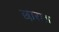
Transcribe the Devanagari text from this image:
छारा॥